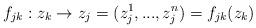
LaTeX: \begin{align*}f_{jk}:z_k\to z_j=(z_j^1,...,z_j^n)=f_{jk}(z_k)\end{align*}